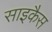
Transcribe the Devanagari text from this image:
साइकैस